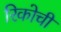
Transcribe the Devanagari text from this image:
रिकोची